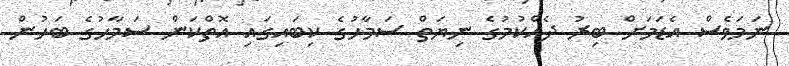
ނަމަވެސް އެޑަމަށް ބިރު ދެއްކުމުގެ ނިޔަތް ސަމާހުގެ ކިބައިގައި އޮތްކަން ސަމާހުގެ ބަހުން